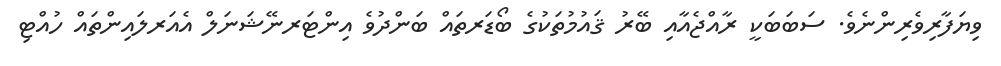
ވިޔަފާރިވެރިންނެވެ. ސަބަބަކީ ރާއްޖެއާއި ބޭރު ޤައުމުތަކުގެ ބޯޑަރތައް ބަންދުވެ އިންޓަރނޭޝަނަލް އެއަރލައިންތައް ހުއްޓި